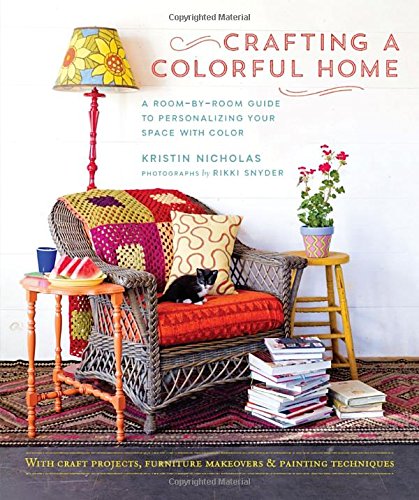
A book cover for Crafting a Colorful Home: A Room-by-Room Guide to Personalizing Your Space with Color; Kristin Nicholas; Crafts, Hobbies & Home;